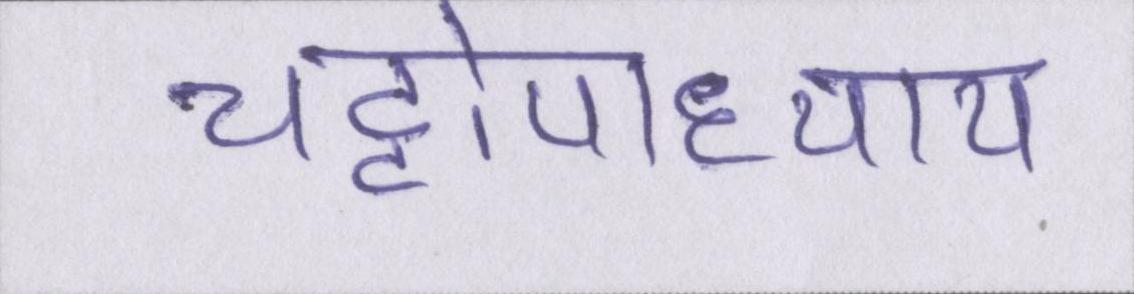
चट्टोपाध्याय